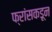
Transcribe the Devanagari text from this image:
फ्रांसकडून